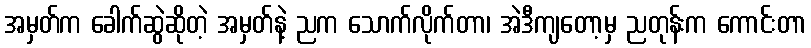
အမှတ်က ခေါက်ဆွဲဆိုတဲ့ အမှတ်နဲ့ ညက သောက်လိုက်တာ၊ အဲဒီကျတော့မှ ညတုန်းက ကောင်းတာ